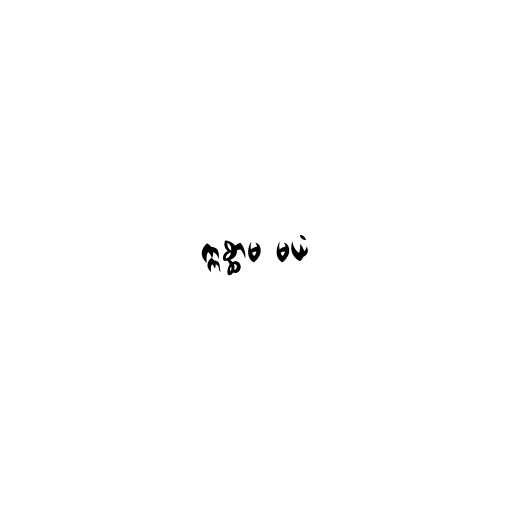
ဣစ္ဆာမ မယံ